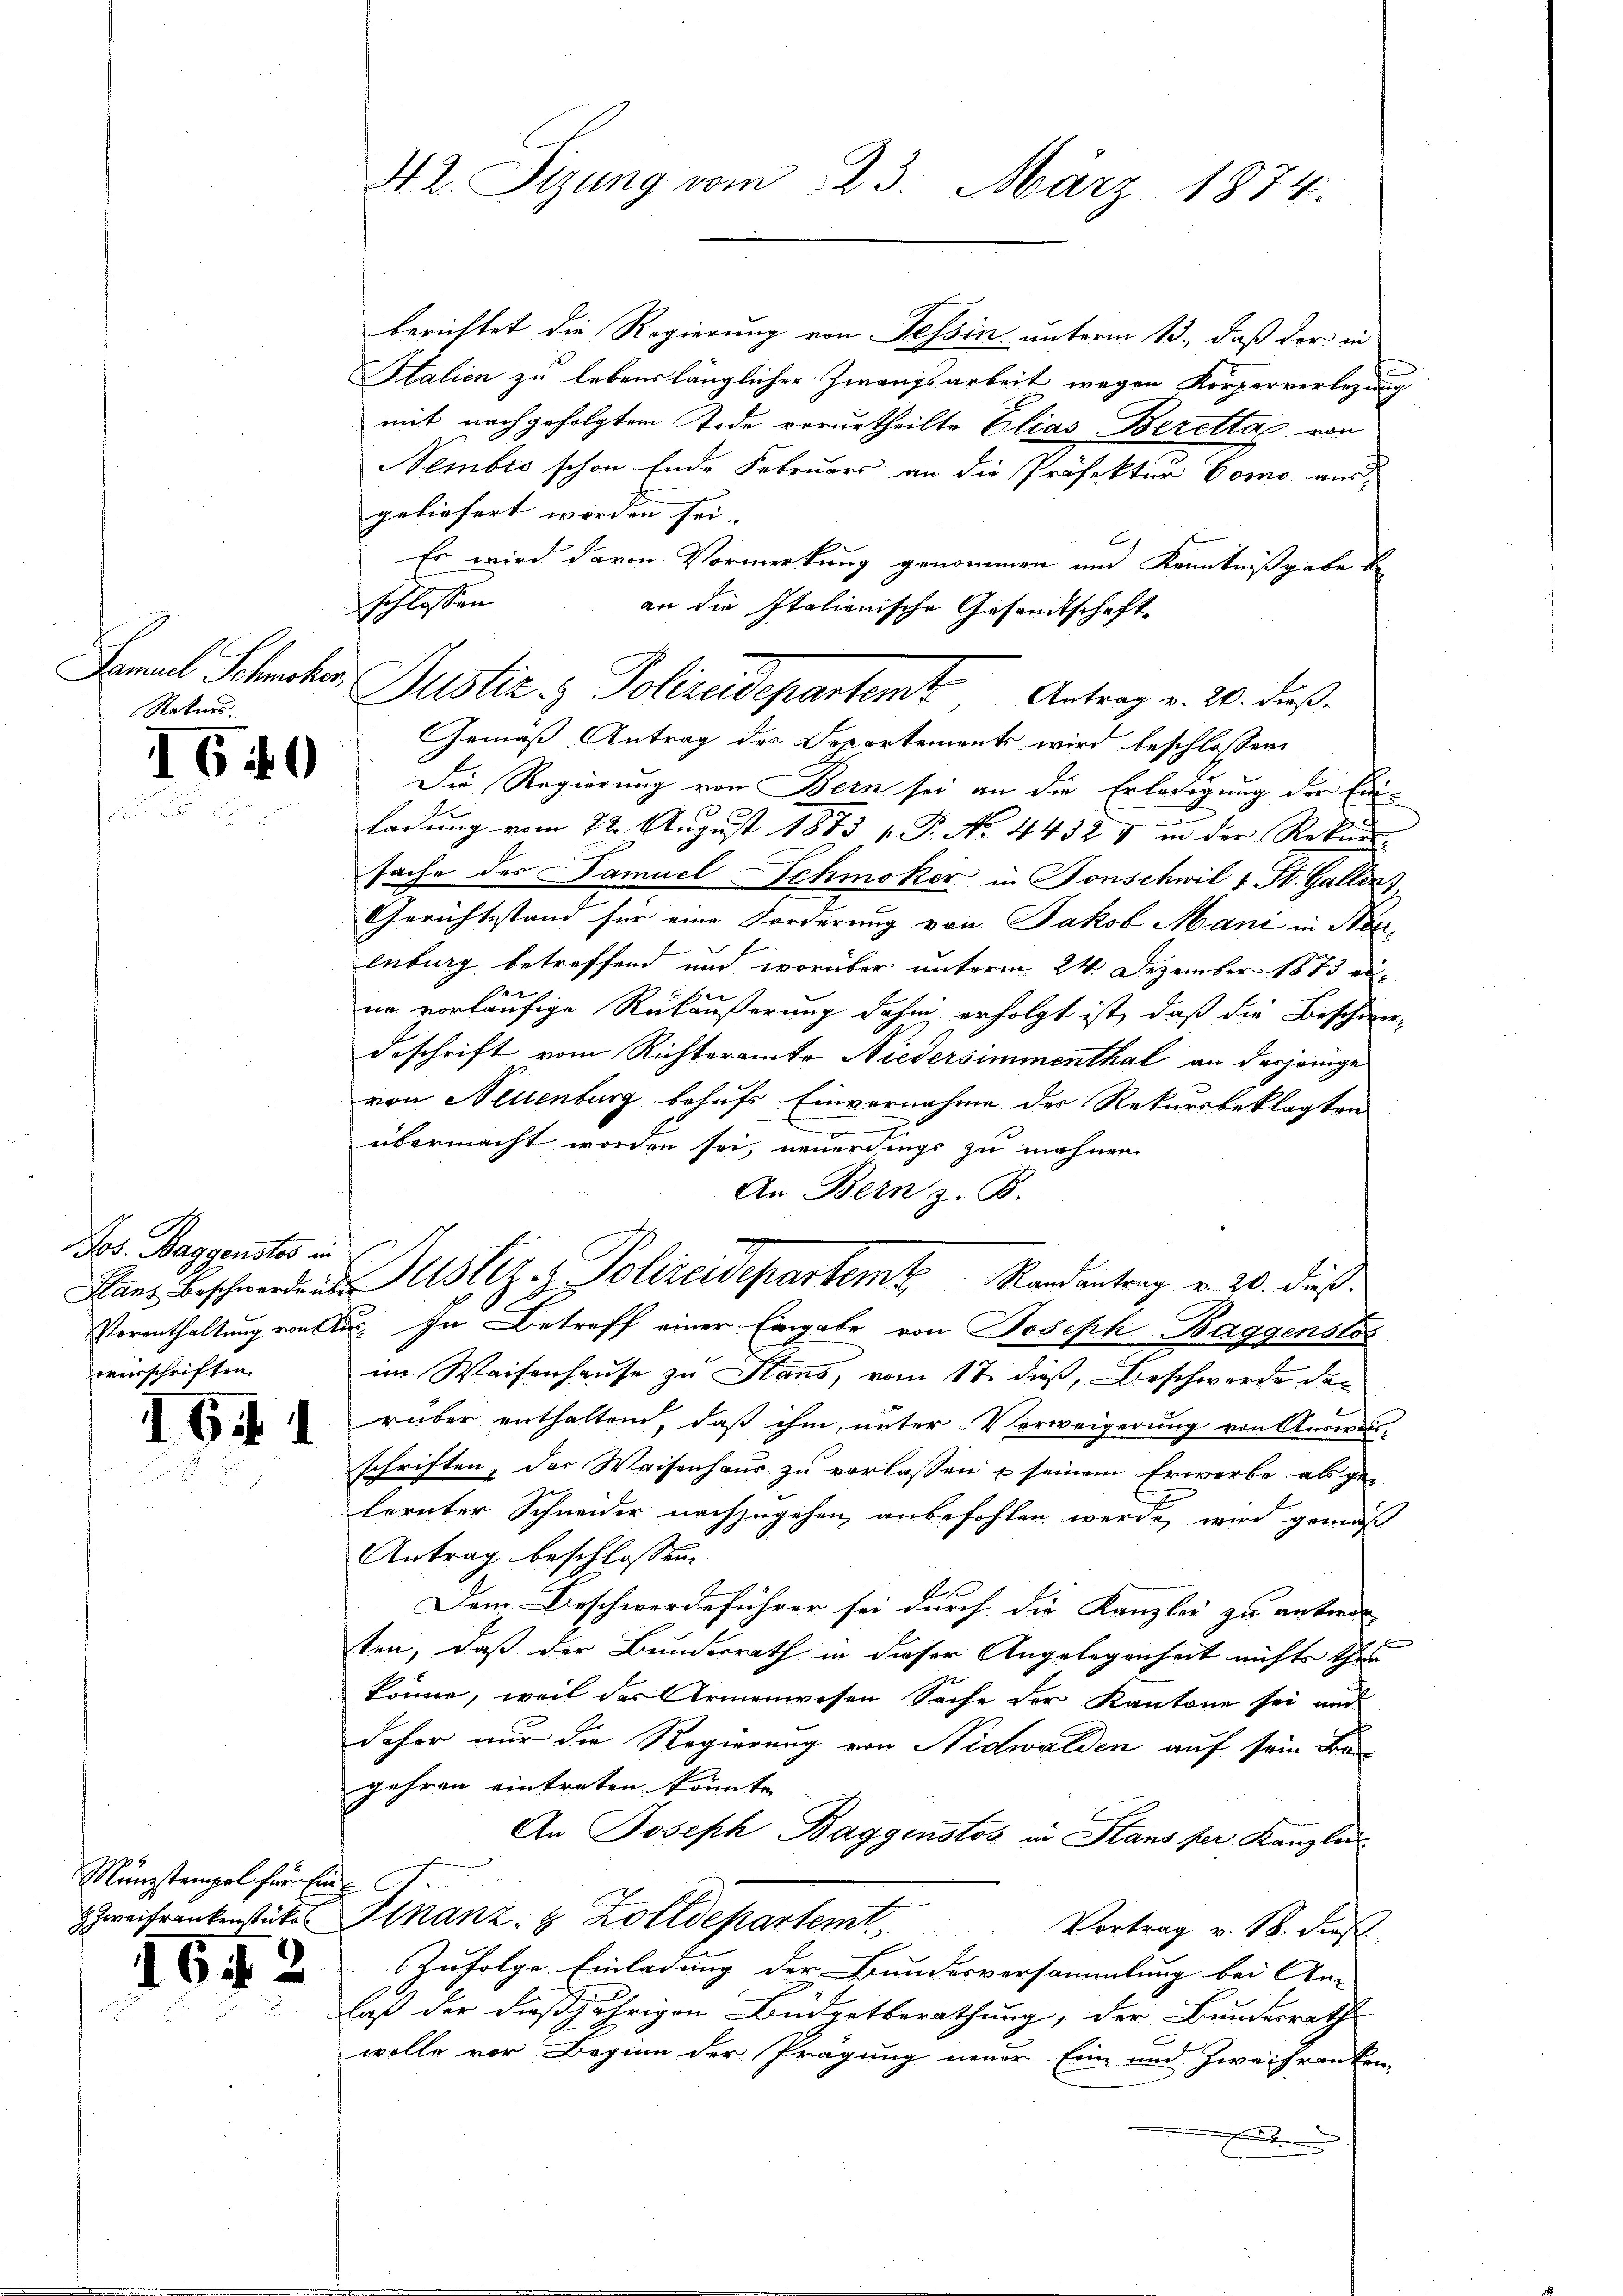
Rekurs.

1640

Jos. Baggenstes in
verschriften.

1641

Münzstempel hier Ein
Zweifrankenstücke

1642

M. L. Stzung vom 23. März 1874.

berichtet die Regierung von Tessin unterm 13., daß der in
Italien zu lebenslänglicher Zwangsarbeit wegen Körperverlegung
mit nachgefolgtem Tode verurtheilte Elias Berettag, von
Sembro schon Ende Februars an die Präfektur Como aus-
geliefert worden sei.
Es wird davon Vormerkung genommen und Kenntnißgabe be
Die Regierung von Bern sei an die Erledigung der Einladŭng vom 22. August 1873 p. P. No. 4432 & in der Rekurs-
sache des Samuel Schmoker in Fonschwil 1 St. Gallen,
Gerichtstand für eine Forderung von Jakob Mani in Neulnburg betreffend und worüber unterm 24. Dezember 1873 au¬
2
ne vorläufige Rükäußerung dahin erfolgt ist, daß die Beschie
deschrift vom Richteramte Niedersimmenthal an derjenige
von Hellenburg behufs Einvernahme des Rekursbeklagten
übermacht worden sei, neuerdings zu mahnen.
An Bern z. B.
Hans Beschwerden Justiz & Polizeidepartemt Randantrag v. 20. dieß.
Vorenthaltung von u. In Betreff einer Eingabe von Joseph Baggenstos
im Waisenhause zu Stans, vom 17. dieß, Beschwerde dar
rüber enthalten, daß ihm, unter Verweigerung von Ausweischriften, das Waisenhaus zu verlassen & seinem Erwerbe ab ge-
lernter Schneider nachzugehen, anbefohlen werde, wird gemäß
Antrag beschlossen:
Dem Beschwerdeführer sei durch die Kanzlei zu unterden
ten, daß der Bundesrath in dieser Angelegenheit nichts thu
könne, weil der Armenwesen Sache der Kantone sei und
daher nur die Regierung von Nidwalden auf sein Begehren eintreten, könnte
An Joseph Baggenstos in Stans per Kanzle
Finanz- & Zolldepartent
Vortrag v. M. dies
Zufolge Einladung der Bundesversammlung bei An
laß der dießjährigen Budgetberathung, der Bundesrath
wolle vor Beginn der Prägung neuer Eine und Zweifranken-
.

schlossen
an die Italienische Gesandtschaft
Samuel Schrecker Justiz & Polizeidepartem Antrag v. 20. dieß.
Gemäß Antrag des Departements wird beschlossen,

u